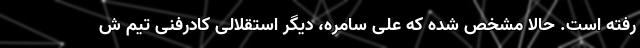
رفته است. حالا مشخص شده که علی سامره، دیگر استقلالی کادرفنی تیم ش